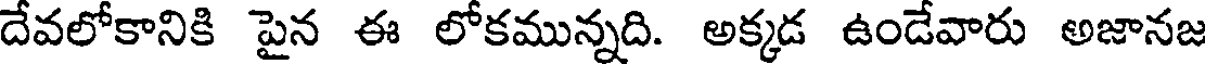
దేవలోకానికి పైన ఈ లోకమున్నది. అక్కడ ఉండేవారు అజానజ